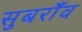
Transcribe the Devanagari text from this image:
सुबराँव